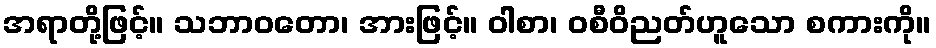
အရာတို့ဖြင့်။ သဘာဝတော၊ အားဖြင့်။ ဝါစာ၊ ဝစီဝိညတ်ဟူသော စကားကို။